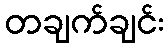
တချက်ချင်း